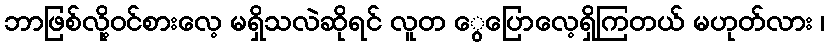
ဘာဖြစ်လို့ဝင်စားလေ့ မရှိသလဲဆိုရင် လူတ ွေပြောလေ့ရှိကြတယ် မဟုတ်လား ၊